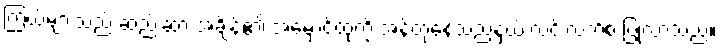
ကြယ်များသည် ဆည်းဆာ အချိန်၏ အမှောင်ထုကို အန်တုနေသည့်နှယ် လင်းလက်စ ပြုလာသည်။